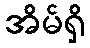
အိမ်ရှိ